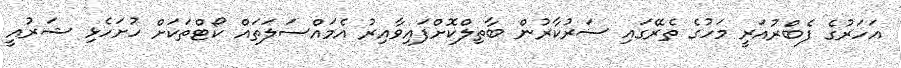
އަަހަރުގެ ފެބްރުއަރީ މަހުގެ ތެރޭގައި ސަރުކާރުން ބާތިލްކޮށްފައިވާއިރު އެމައްސަލަތައް ކޯޓްތަކަށް ހުށަހެޅި ޝަރުއީ